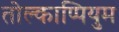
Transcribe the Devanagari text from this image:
तोल्काप्पियुम